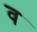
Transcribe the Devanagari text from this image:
व